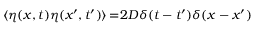
\langle \eta ( x , t ) \eta ( x ^ { \prime } , t ^ { \prime } ) \rangle \! = \! 2 D \delta ( t - t ^ { \prime } ) \delta ( x - x ^ { \prime } )